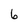
Character: 6